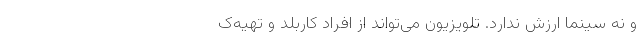
و نه سینما ارزش ندارد. تلویزیون می‌تواند از افراد کاربلد و تهیه‌ک